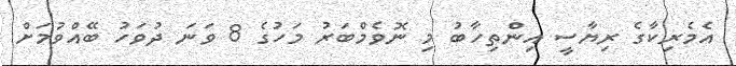
އެމެރިކާގެ ރިޔާސީ އިންތިހާބު މި ނޮވެމްބަރު މަހުގެ 8 ވަނަ ދުވަހު ބޭއްވުމަށް